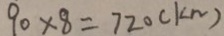
9 0 \times 8 = 7 2 0 ( k m )